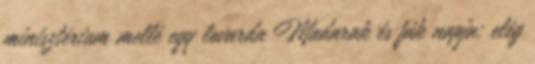
minisztérium mellé egy lovarda Madarak és fák napja: elég